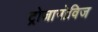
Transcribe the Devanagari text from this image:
ट्रोजानोविज